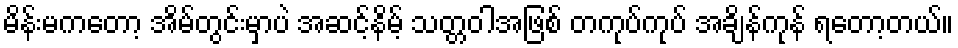
မိန်းမကတော့ အိမ်တွင်းမှာပဲ အဆင့်နိမ့် သတ္တဝါအဖြစ် တကုပ်ကုပ် အချိန်ကုန် ရတော့တယ်။